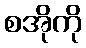
စအိုကို